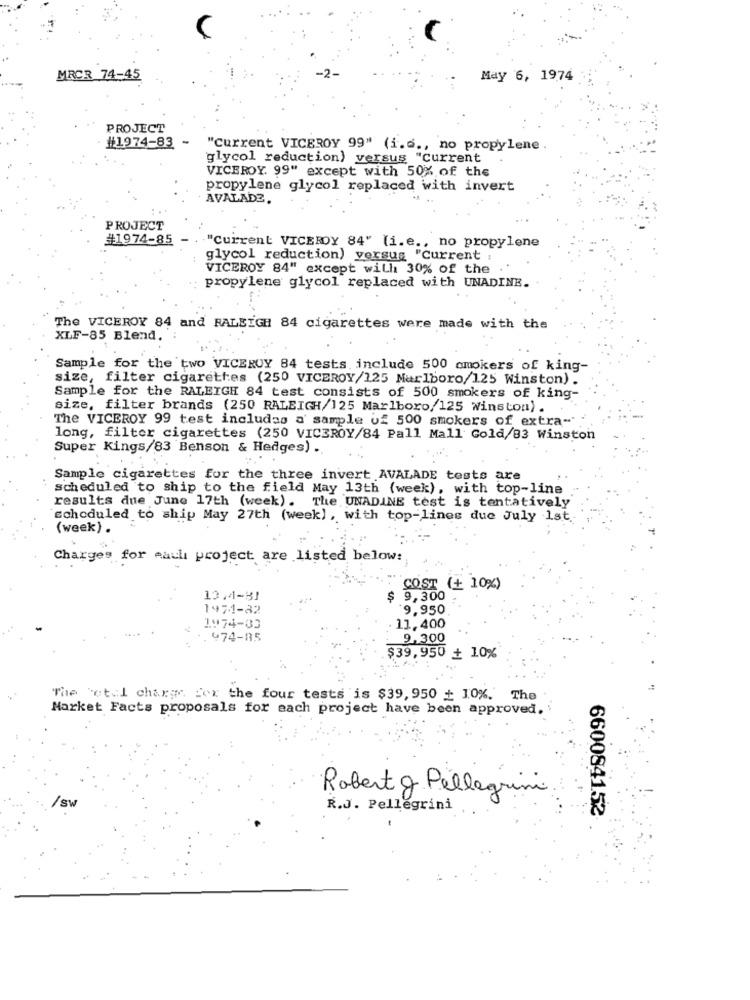
MRCR 74-45
May 6, 1974
PROJECT
#1974-83
"current VICEROY 99" (i ..., no propylene .
glycol reduction) versus "current
VICEROY. 99" except with 50% of the
propylene glycol replaced with invert
AVALADE.
PROJECT
#1974-85 -
."Current VICEROY 84" (i.e ., no propylene
glycol reduction) versus "Current :
VICEROY 84" except will 30% of the
propylene glycol replaced with UNADINE.
The VICEROY 84 and RALEIGH 84 cigarettes were made with the
XLF-85 Blend.
Sample for the two VICEROY 84 tests include 500 cmokers of king-
size, filter cigarettes (250 VICEROY/125 Marlboro/125 Winston) .
Sample for the RALEIGH 84 test consists of 500 smokers of king-
size, filter brands (250 RALEIGH/125 Marlboro/125 Winston) .
The VICEROY 99 test includes a sample of 500 smokers of extra-
long, filter cigarettes (250 VICEROY/84 Pall Mall Gold/83 Winston
Super Kings/83 Benson & Hedges) .
Sample cigarettes for the three invert AVALADE tests are
scheduled to ship to the field May 13th (week), with top-line
results due June 17th (week). The UNADINE test is tentatively
Echoduled to ship May 27th (week) , with top-lines due July 1st.
(week) .
Charges for each project are listed below:
COST (+ 10%)
13.4-81
9,300
1974-82
9,950
1974-03
11,400
.974-85
9.300
$39,950 + 10%
The total charge for the four tests is $39, 950 + 10%. The
Market Facts proposals for each project have been approved.
Sw
Robert g Pellegrini
R.J. Pellegrini
660084152